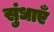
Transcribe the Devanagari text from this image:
सुंधाएँ